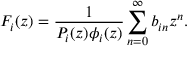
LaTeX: F _ { i } ( z ) = { \frac { 1 } { P _ { i } ( z ) \phi _ { i } ( z ) } } \sum _ { n = 0 } ^ { \infty } b _ { i n } z ^ { n } .